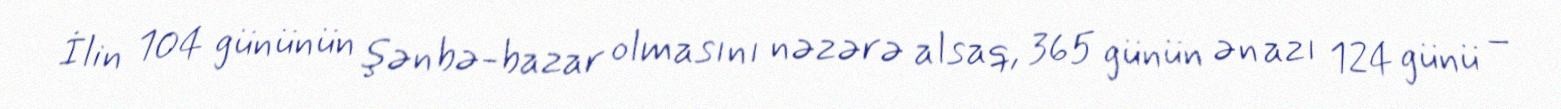
İlin 104 gününün şənbə-bazar olmasını nəzərə alsaq, 365 günün ən azı 124 günü –